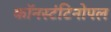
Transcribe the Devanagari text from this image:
कॉनस्टंटिनोपल